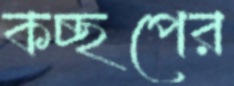
কচ্ছপের